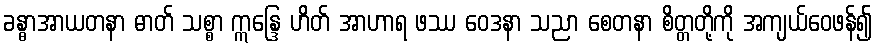
ခန္ဓာအာယတနာ ဓာတ် သစ္စာ ဣန္ဒြေ ဟိတ် အာဟာရ ဖဿ ဝေဒနာ သညာ စေတနာ စိတ္တတို့ကို အကျယ်ဝေဖန်၍